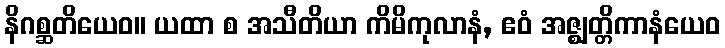
နိဂစ္ဆတိယေဝ။ ယထာ စ အသီတိယာ ကိမိကုလာနံ, ဧဝံ အဇ္ဈတ္တိကာနံယေဝ